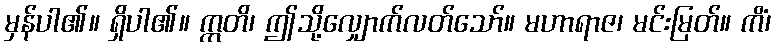
မှန်ပါ၏။ ရှိပါ၏။ ဣတိ၊ ဤသို့လျှောက်လတ်သော်။ မဟာရာဇ၊ မင်းမြတ်။ ကိံ၊